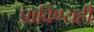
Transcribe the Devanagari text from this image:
प्राविण्यही